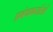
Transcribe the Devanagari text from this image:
प्रबंधकर्ताओं